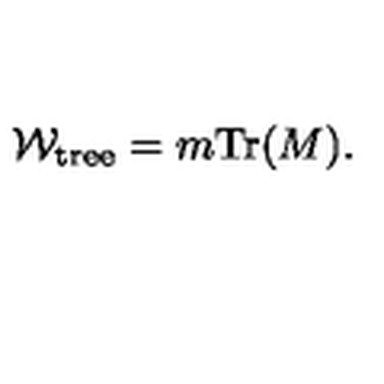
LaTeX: { \cal W } _ { \mathrm { \small t r e e } } = m { \mathrm { T r } } ( M ) .